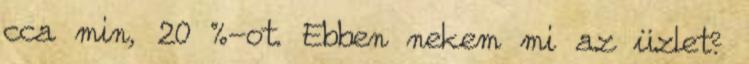
cca min, 20 %-ot. Ebben nekem mi az üzlet?